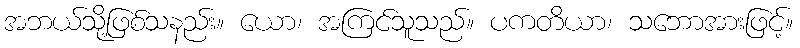
အဘယ်သို့ဖြစ်သနည်း။ ယော၊ အကြင်သူသည်။ ပကတိယာ၊ သဘောအားဖြင့်။